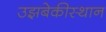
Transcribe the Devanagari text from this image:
उझबेकीस्थान